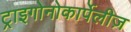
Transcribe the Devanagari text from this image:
ट्राइगोनोकार्पेलीज़